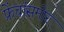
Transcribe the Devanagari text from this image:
फ्रेंचांसमोर